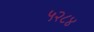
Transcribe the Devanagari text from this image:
५२८४